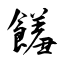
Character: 饈